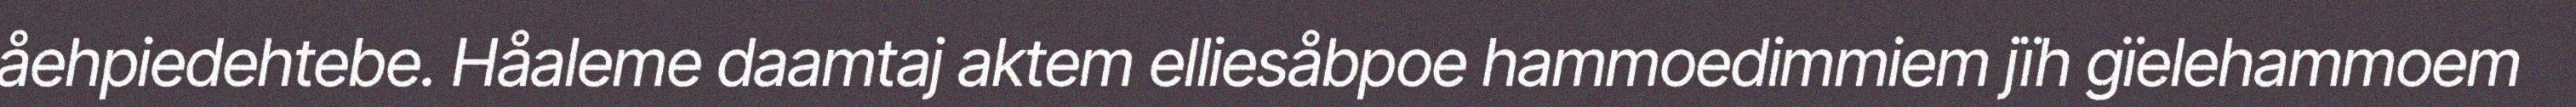
åehpiedehtebe. Håaleme daamtaj aktem elliesåbpoe hammoedimmiem jïh gïelehammoem